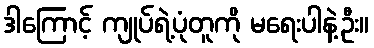
ဒါကြောင့် ကျုပ်ရဲ့ပုံတူကို မရေးပါနဲ့ဦး။